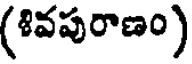
(శివపురాణం)